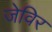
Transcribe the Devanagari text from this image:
जेविर